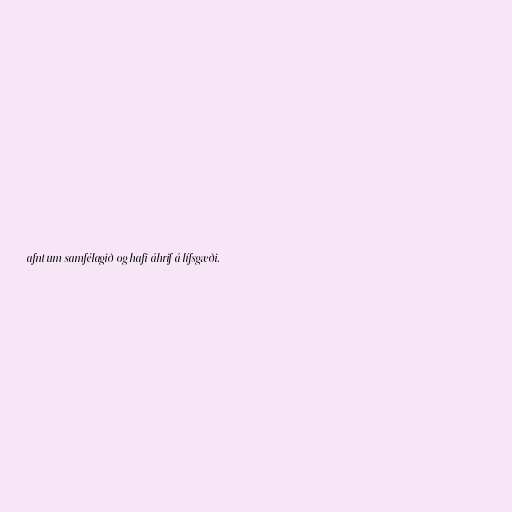
afnt um samfélagið og hafi áhrif á lífsgæði.